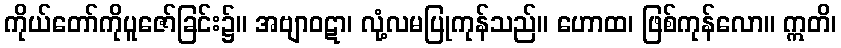
ကိုယ်တော်ကိုပူဇော်ခြင်း၌။ အဗျာဝဋာ၊ လုံ့လမပြုကုန်သည်။ ဟောထ၊ ဖြစ်ကုန်လော။ ဣတိ၊